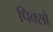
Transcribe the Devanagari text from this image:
पिक्सो